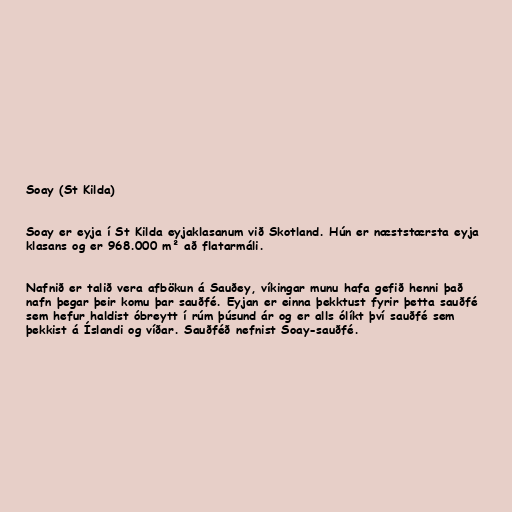
Soay (St Kilda)

Soay er eyja í St Kilda eyjaklasanum við Skotland. Hún er næststærsta eyja
klasans og er 968.000 m² að flatarmáli.

Nafnið er talið vera afbökun á Sauðey, víkingar munu hafa gefið henni það
nafn þegar þeir komu þar sauðfé. Eyjan er einna þekktust fyrir þetta sauðfé
sem hefur haldist óbreytt í rúm þúsund ár og er alls ólíkt því sauðfé sem
þekkist á Íslandi og víðar. Sauðféð nefnist Soay-sauðfé.